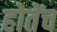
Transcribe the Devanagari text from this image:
होतेंच